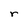
Character: r